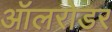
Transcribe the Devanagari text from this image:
ऑलरोडर